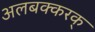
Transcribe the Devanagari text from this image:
अलबक्करक्